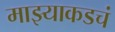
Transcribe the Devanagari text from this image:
माझ्याकडचं